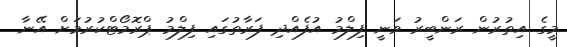
މީގެ އިތުރުން ރަންބީރު ވަނީ ފިލްމު އުފެއްދި ފަރާތުގައި ފިލްމު ޕްރޮމޯޓްކުރުމަށް އޭނާ